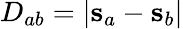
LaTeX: D_{ab}=|\mathbf s_{a}-\mathbf s_{b}|